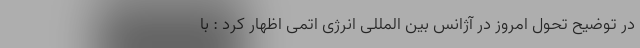
در توضیح تحول امروز در آژانس بین المللی انرژی اتمی اظهار کرد : با